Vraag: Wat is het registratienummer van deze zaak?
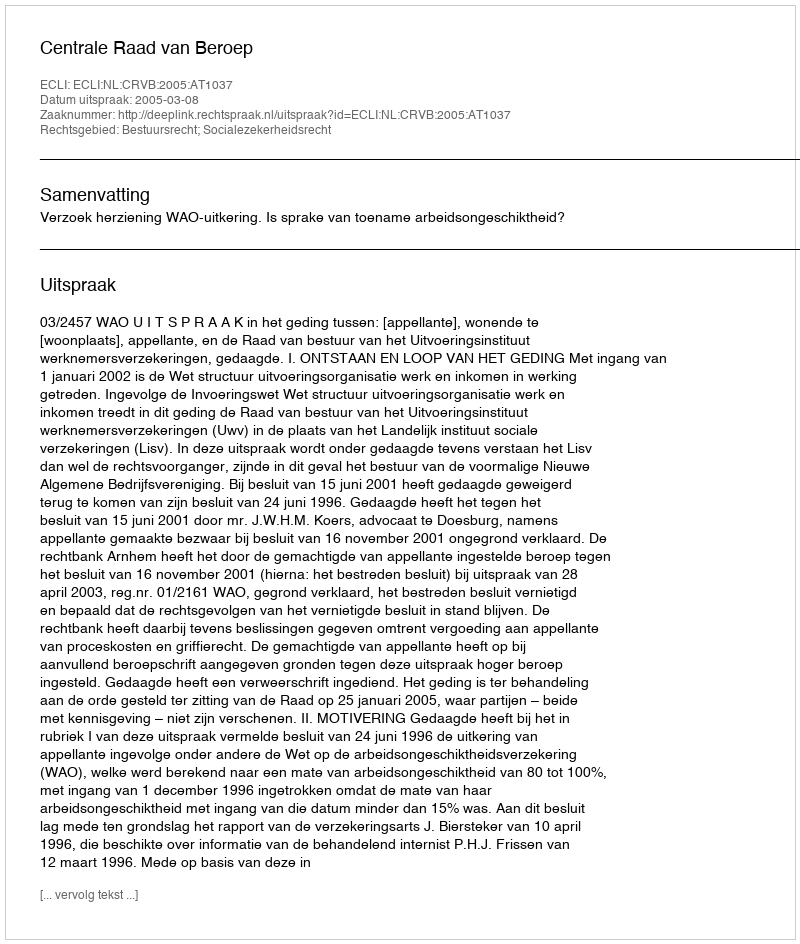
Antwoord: http://deeplink.rechtspraak.nl/uitspraak?id=ECLI:NL:CRVB:2005:AT1037